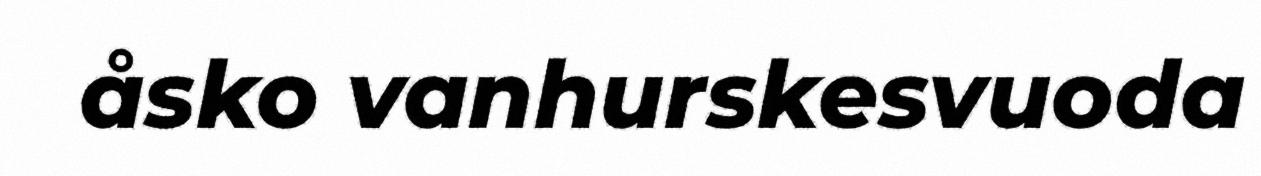
åsko vanhurskesvuoda